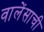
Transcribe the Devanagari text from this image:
वालेंसाची